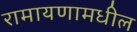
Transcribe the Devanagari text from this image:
रामायणामधील